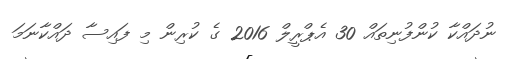
ނުދައްކާ ކުންފުނިތައް 30 އެޕްރީލް 2016 ގެ ކުރިން މި ފައިސާ ދައްކާނަމަ